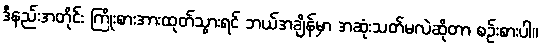
ဒီနည်းအတိုင်း ကြိုးစားအားထုတ်သွားရင် ဘယ်အချိန်မှာ အဆုံးသတ်မလဲဆိုတာ စဉ်းစားပါ။